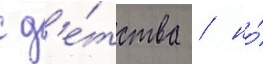
с д'е́тства / но́